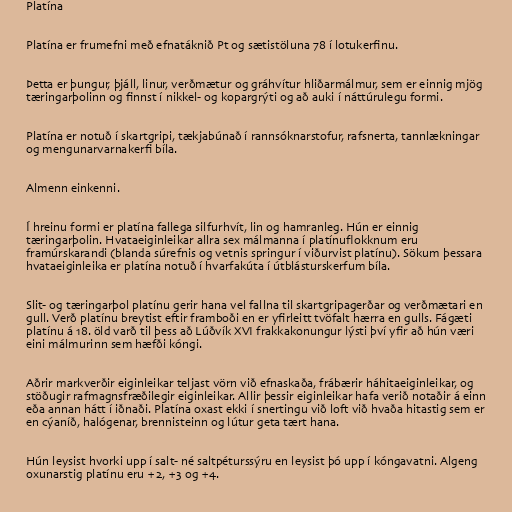
Platína

Platína er frumefni með efnatáknið Pt og sætistöluna 78 í lotukerfinu.

Þetta er þungur, þjáll, linur, verðmætur og gráhvítur hliðarmálmur, sem er einnig mjög
tæringarþolinn og finnst í nikkel- og kopargrýti og að auki í náttúrulegu formi.

Platína er notuð í skartgripi, tækjabúnað í rannsóknarstofur, rafsnerta, tannlækningar
og mengunarvarnakerfi bíla.

Almenn einkenni.

Í hreinu formi er platína fallega silfurhvít, lin og hamranleg. Hún er einnig
tæringarþolin. Hvataeiginleikar allra sex málmanna í platínuflokknum eru
framúrskarandi (blanda súrefnis og vetnis springur í viðurvist platínu). Sökum þessara
hvataeiginleika er platína notuð í hvarfakúta í útblásturskerfum bíla.

Slit- og tæringarþol platínu gerir hana vel fallna til skartgripagerðar og verðmætari en
gull. Verð platínu breytist eftir framboði en er yfirleitt tvöfalt hærra en gulls. Fágæti
platínu á 18. öld varð til þess að Lúðvík XVI frakkakonungur lýsti því yfir að hún væri
eini málmurinn sem hæfði kóngi.

Aðrir markverðir eiginleikar teljast vörn við efnaskaða, frábærir háhitaeiginleikar, og
stöðugir rafmagnsfræðilegir eiginleikar. Allir þessir eiginleikar hafa verið notaðir á einn
eða annan hátt í iðnaði. Platína oxast ekki í snertingu við loft við hvaða hitastig sem er
en cýaníð, halógenar, brennisteinn og lútur geta tært hana.

Hún leysist hvorki upp í salt- né saltpéturssýru en leysist þó upp í kóngavatni. Algeng
oxunarstig platínu eru +2, +3 og +4.